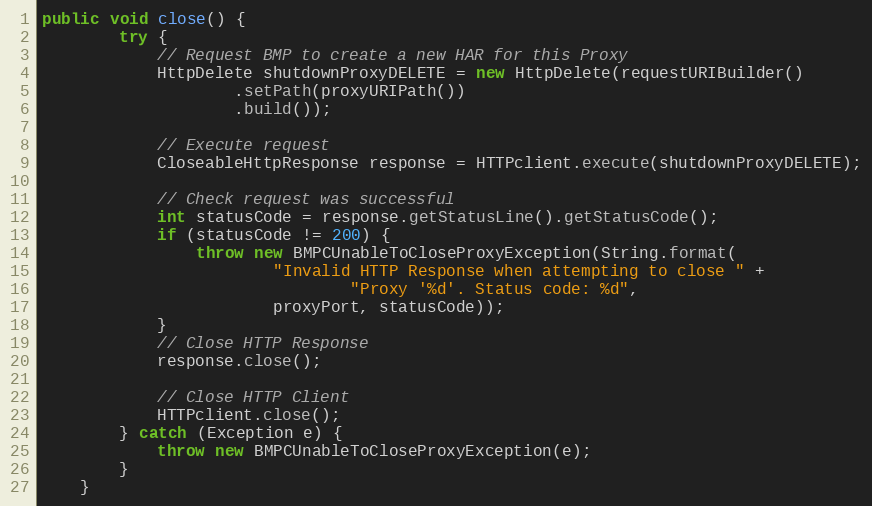
Language: Java
public void close() {
        try {
            // Request BMP to create a new HAR for this Proxy
            HttpDelete shutdownProxyDELETE = new HttpDelete(requestURIBuilder()
                    .setPath(proxyURIPath())
                    .build());

            // Execute request
            CloseableHttpResponse response = HTTPclient.execute(shutdownProxyDELETE);

            // Check request was successful
            int statusCode = response.getStatusLine().getStatusCode();
            if (statusCode != 200) {
                throw new BMPCUnableToCloseProxyException(String.format(
                        "Invalid HTTP Response when attempting to close " +
                                "Proxy '%d'. Status code: %d",
                        proxyPort, statusCode));
            }
            // Close HTTP Response
            response.close();

            // Close HTTP Client
            HTTPclient.close();
        } catch (Exception e) {
            throw new BMPCUnableToCloseProxyException(e);
        }
    }